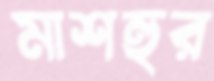
মাশহুর